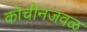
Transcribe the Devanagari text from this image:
कोचीनजवळ